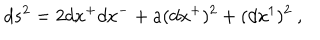
d s ^ { 2 } = 2 d x ^ { + } d x ^ { - } + a ( d x ^ { + } ) ^ { 2 } + ( d x ^ { 1 } ) ^ { 2 } ~ ,